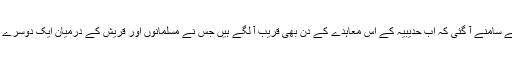
اس اعلان سے اتنی بات تو ہر شخص کے سامنے آ گئی کہ اب حدیبیہ کے اس معاہدے کے دن بھی قریب آ لگے ہیں جس نے مسلمانوں اور قریش کے درمیان ایک دوسرے سے ملنے جلنے کی راہ کھول دی تھی۔